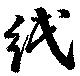
紙